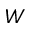
W